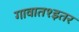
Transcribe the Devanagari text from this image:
गावात१इतर